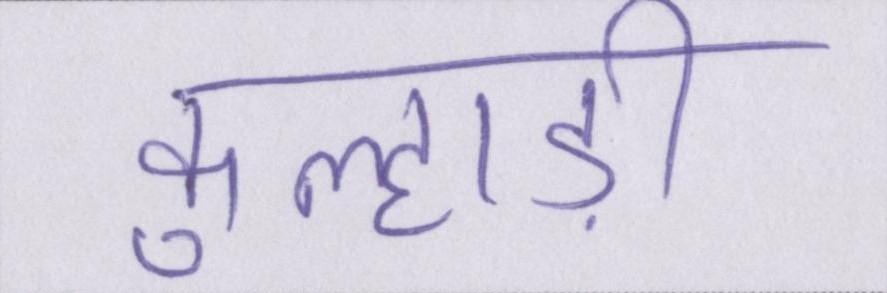
कुल्हाड़ी